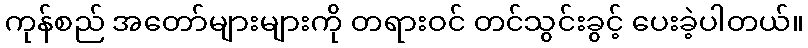
ကုန်စည် အတော်များများကို တရားဝင် တင်သွင်းခွင့် ပေးခဲ့ပါတယ်။